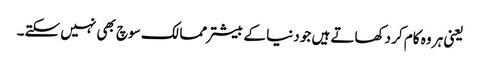
یعنی ہر وہ کام کر دکھاتے ہیں جو دنیا کے بیشتر ممالک سوچ بھی نہیں سکتے۔